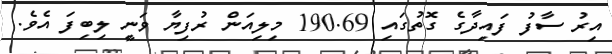
އިރު ސާފު ފައިދާގެ ގޮތުގައި 190.69 މިލިއަން ރުފިޔާ ވަނީ ލިބިފަ އެވެ.